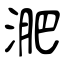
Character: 淝